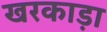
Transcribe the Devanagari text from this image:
खरकाड़ा